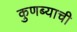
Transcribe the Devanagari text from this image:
कुणब्याची